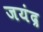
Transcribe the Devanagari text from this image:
जयंद्र